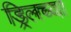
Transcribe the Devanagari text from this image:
ड्रिलच्या